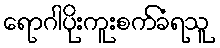
ရောဂါပိုးကူးစက်ခံရသူ